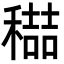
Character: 𮃭